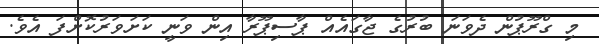
މި ގްރޫޕުން ދެވަނަ ބުރުގެ ޖާގައެއް ޕާސިޕޫރާ އިން ވަނީ ކަށަވަރުކޮށްފަ އެވެ.